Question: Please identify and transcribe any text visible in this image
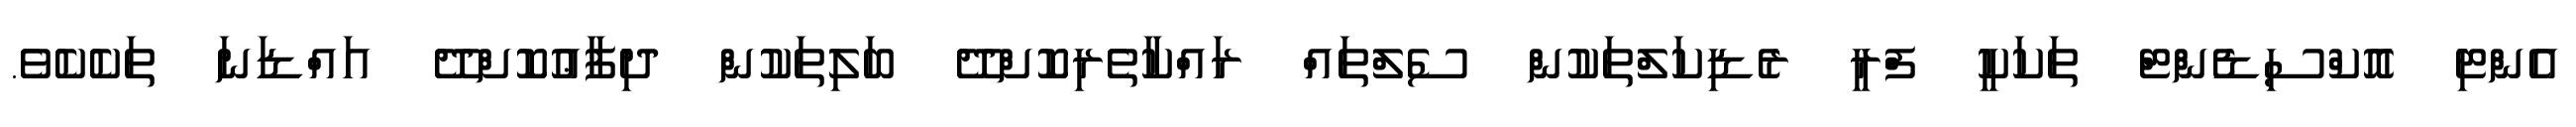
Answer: އެންޓި އޮކްސިޑެންޓް ތަކަކީ ފްރީ ރެޑިކަލްތަކުން ސެލްތައް ރައްކާތެރިކޮށްދޭ ބަލިތަކުން ދިފާޢުކޮށްދޭ އައްޑަނަ ތަކެކެވެ.